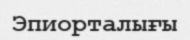
Эпиорталығы